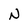
Character: N